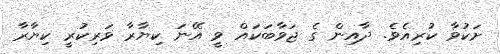
ށަކުވާ ކުރިއެވެ. ދާއިން ގެ ޖަވާބަކައް ވީ އޭނަ ކިޔާރާ ވަރިކުރީ ކިޔާރާ